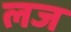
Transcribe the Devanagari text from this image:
लज